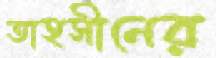
তাহসীনের